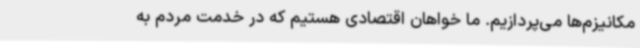
مکانیزم‌ها می‌پردازیم. ما خواهان اقتصادی هستیم که در خدمت مردم به